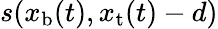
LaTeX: s(x_{\mathrm{b}}(t),x_{\mathrm{t}}(t)-d)